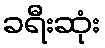
ခရီးဆုံး